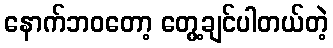
နောက်ဘဝတော့ တွေ့ချင်ပါတယ်တဲ့